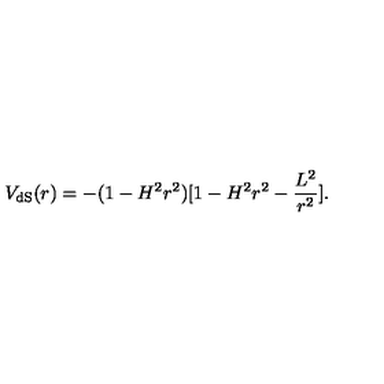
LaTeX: V _ { \mathrm { d S } } ( r ) = - ( 1 - H ^ { 2 } r ^ { 2 } ) [ 1 - H ^ { 2 } r ^ { 2 } - \frac { L ^ { 2 } } { r ^ { 2 } } ] .